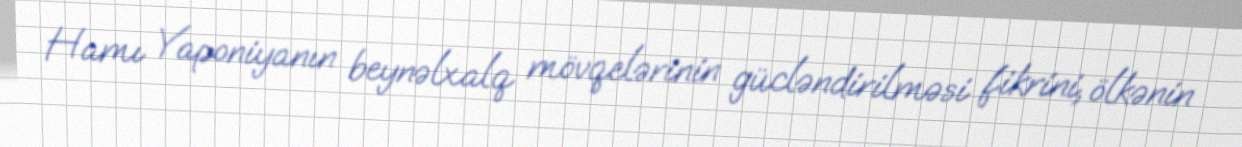
Hamı Yaponiyanın beynəlxalq mövqelərinin gücləndirilməsi fikrini, ölkənin